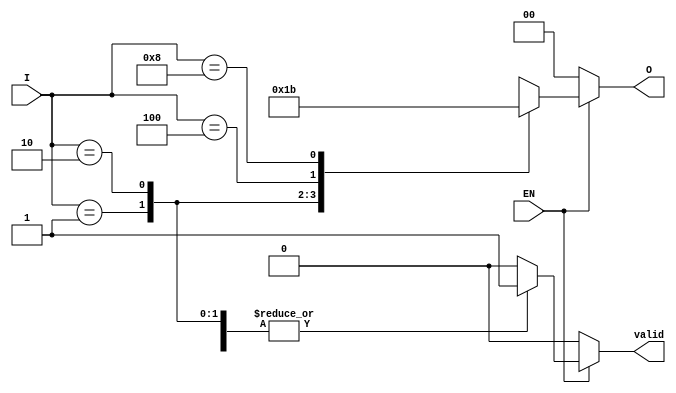
module encoder_1_of_N #(parameter N = 4) (
    input [N-1:0] I,      // N input lines
    input EN,             // Enable signal
    output reg [log2(N)-1:0] O, // log2(N) output lines
    output reg valid       // Output valid flag
);

    // Calculate log2(N) value (assuming N is a power of 2)
    function integer log2;
        input integer value;
        begin
            log2 = 0;
            while (2**log2 < value) begin
                log2 = log2 + 1;
            end
        end
    endfunction

    always @* begin
        if (!EN) begin
            O = {log2(N){1'b0}}; // Set output to 0 if not enabled
            valid = 1'b0;        // Set valid to false
        end else begin
            valid = 1'b1;        // Set valid to true
            case (I)
                1 << 0: O = 0;   // I[0] is high
                1 << 1: O = 1;   // I[1] is high
                1 << 2: O = 2;   // I[2] is high
                1 << 3: O = 3;   // I[3] is high
                // Add more cases as needed for higher N
                default: begin
                    O = {log2(N){1'bx}}; // Indeterminate state if multiple inputs are high
                    valid = 1'b0;        // Set valid to false
                end
            endcase
        end
    end

endmodule